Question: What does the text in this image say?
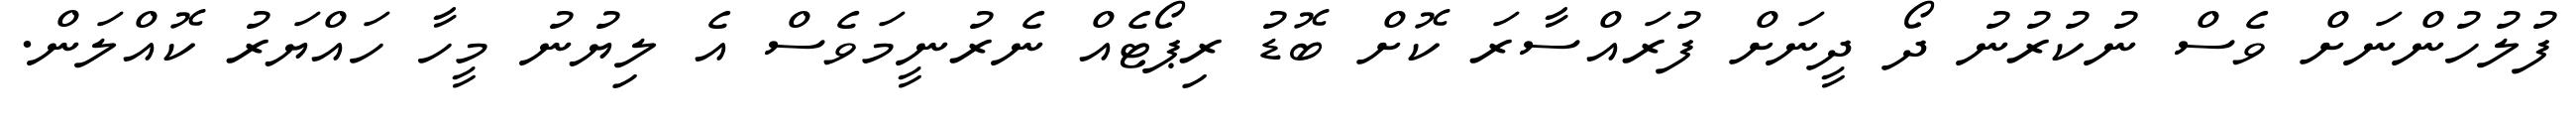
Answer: ފުލުހުންނަށް ވެސް ނުކުރުނު ދޯ ދީނަށް ފުރައްސާރަ ކޮށް ބޮޑު ރިޕޯޓެއް ނެރުނީމަވެސް އެ ލިޔުނު މީހާ ހައްޔަރު ކޮއްލަން.